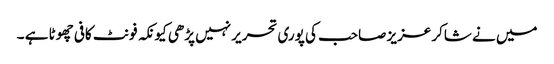
میں نے شاکر عزیز صاحب کی پوری تحریر نہیں پڑھی کیونکہ فونٹ کافی چھوٹا ہے ۔